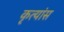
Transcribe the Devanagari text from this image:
कृत्यांस